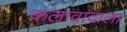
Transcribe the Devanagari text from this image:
कलावादाला